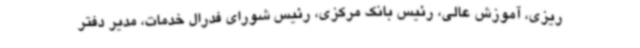
ریزی، آموزش عالی، رئیس بانک مرکزی، رئیس شورای فدرال خدمات‌، مدیر دفتر